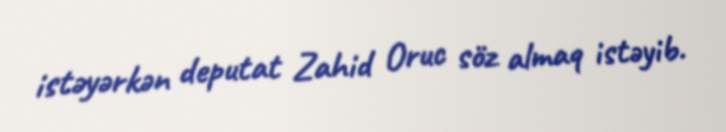
istəyərkən deputat Zahid Oruc söz almaq istəyib.